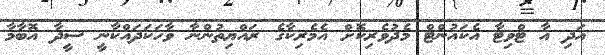
އަދި އާ ޓްވިޓާ އެކައުންޓް މެދުވެރިކޮށް އެމެރިކާގެ ރައްޔިތުންނާ ވާހަކަދައްކާނީ ސީދާ އޮބާމާ